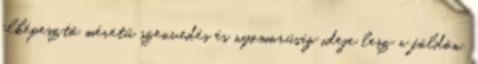
elképesztő méretű szenvedés és nyomorúság ideje lesz a földön,